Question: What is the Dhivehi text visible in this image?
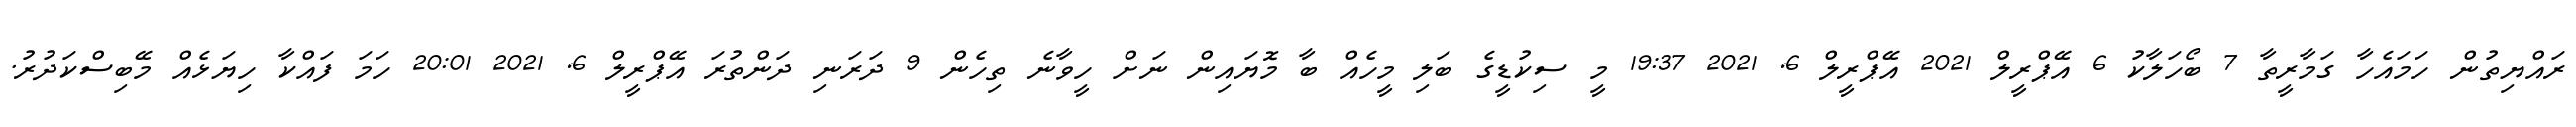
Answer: ރައްޔިތުން ހަމައެހާ ގަމާރީތާ 7 ބޯހަލާކު 6 އޭޕްރީލް 2021 އޭޕްރީލް 6, 2021 19:37 މީ ސިކުޑީގެ ބަލި މީހެއް ބާ މޮޔައިން ނަށް ހީވާނެ ތިހެން 9 ދަރަނި ދަންތުރަ އޭޕްރީލް 6, 2021 20:01 ހަމަ ފައްކާ ހިޔަޅެއް މޭބިސްކަދުރު.